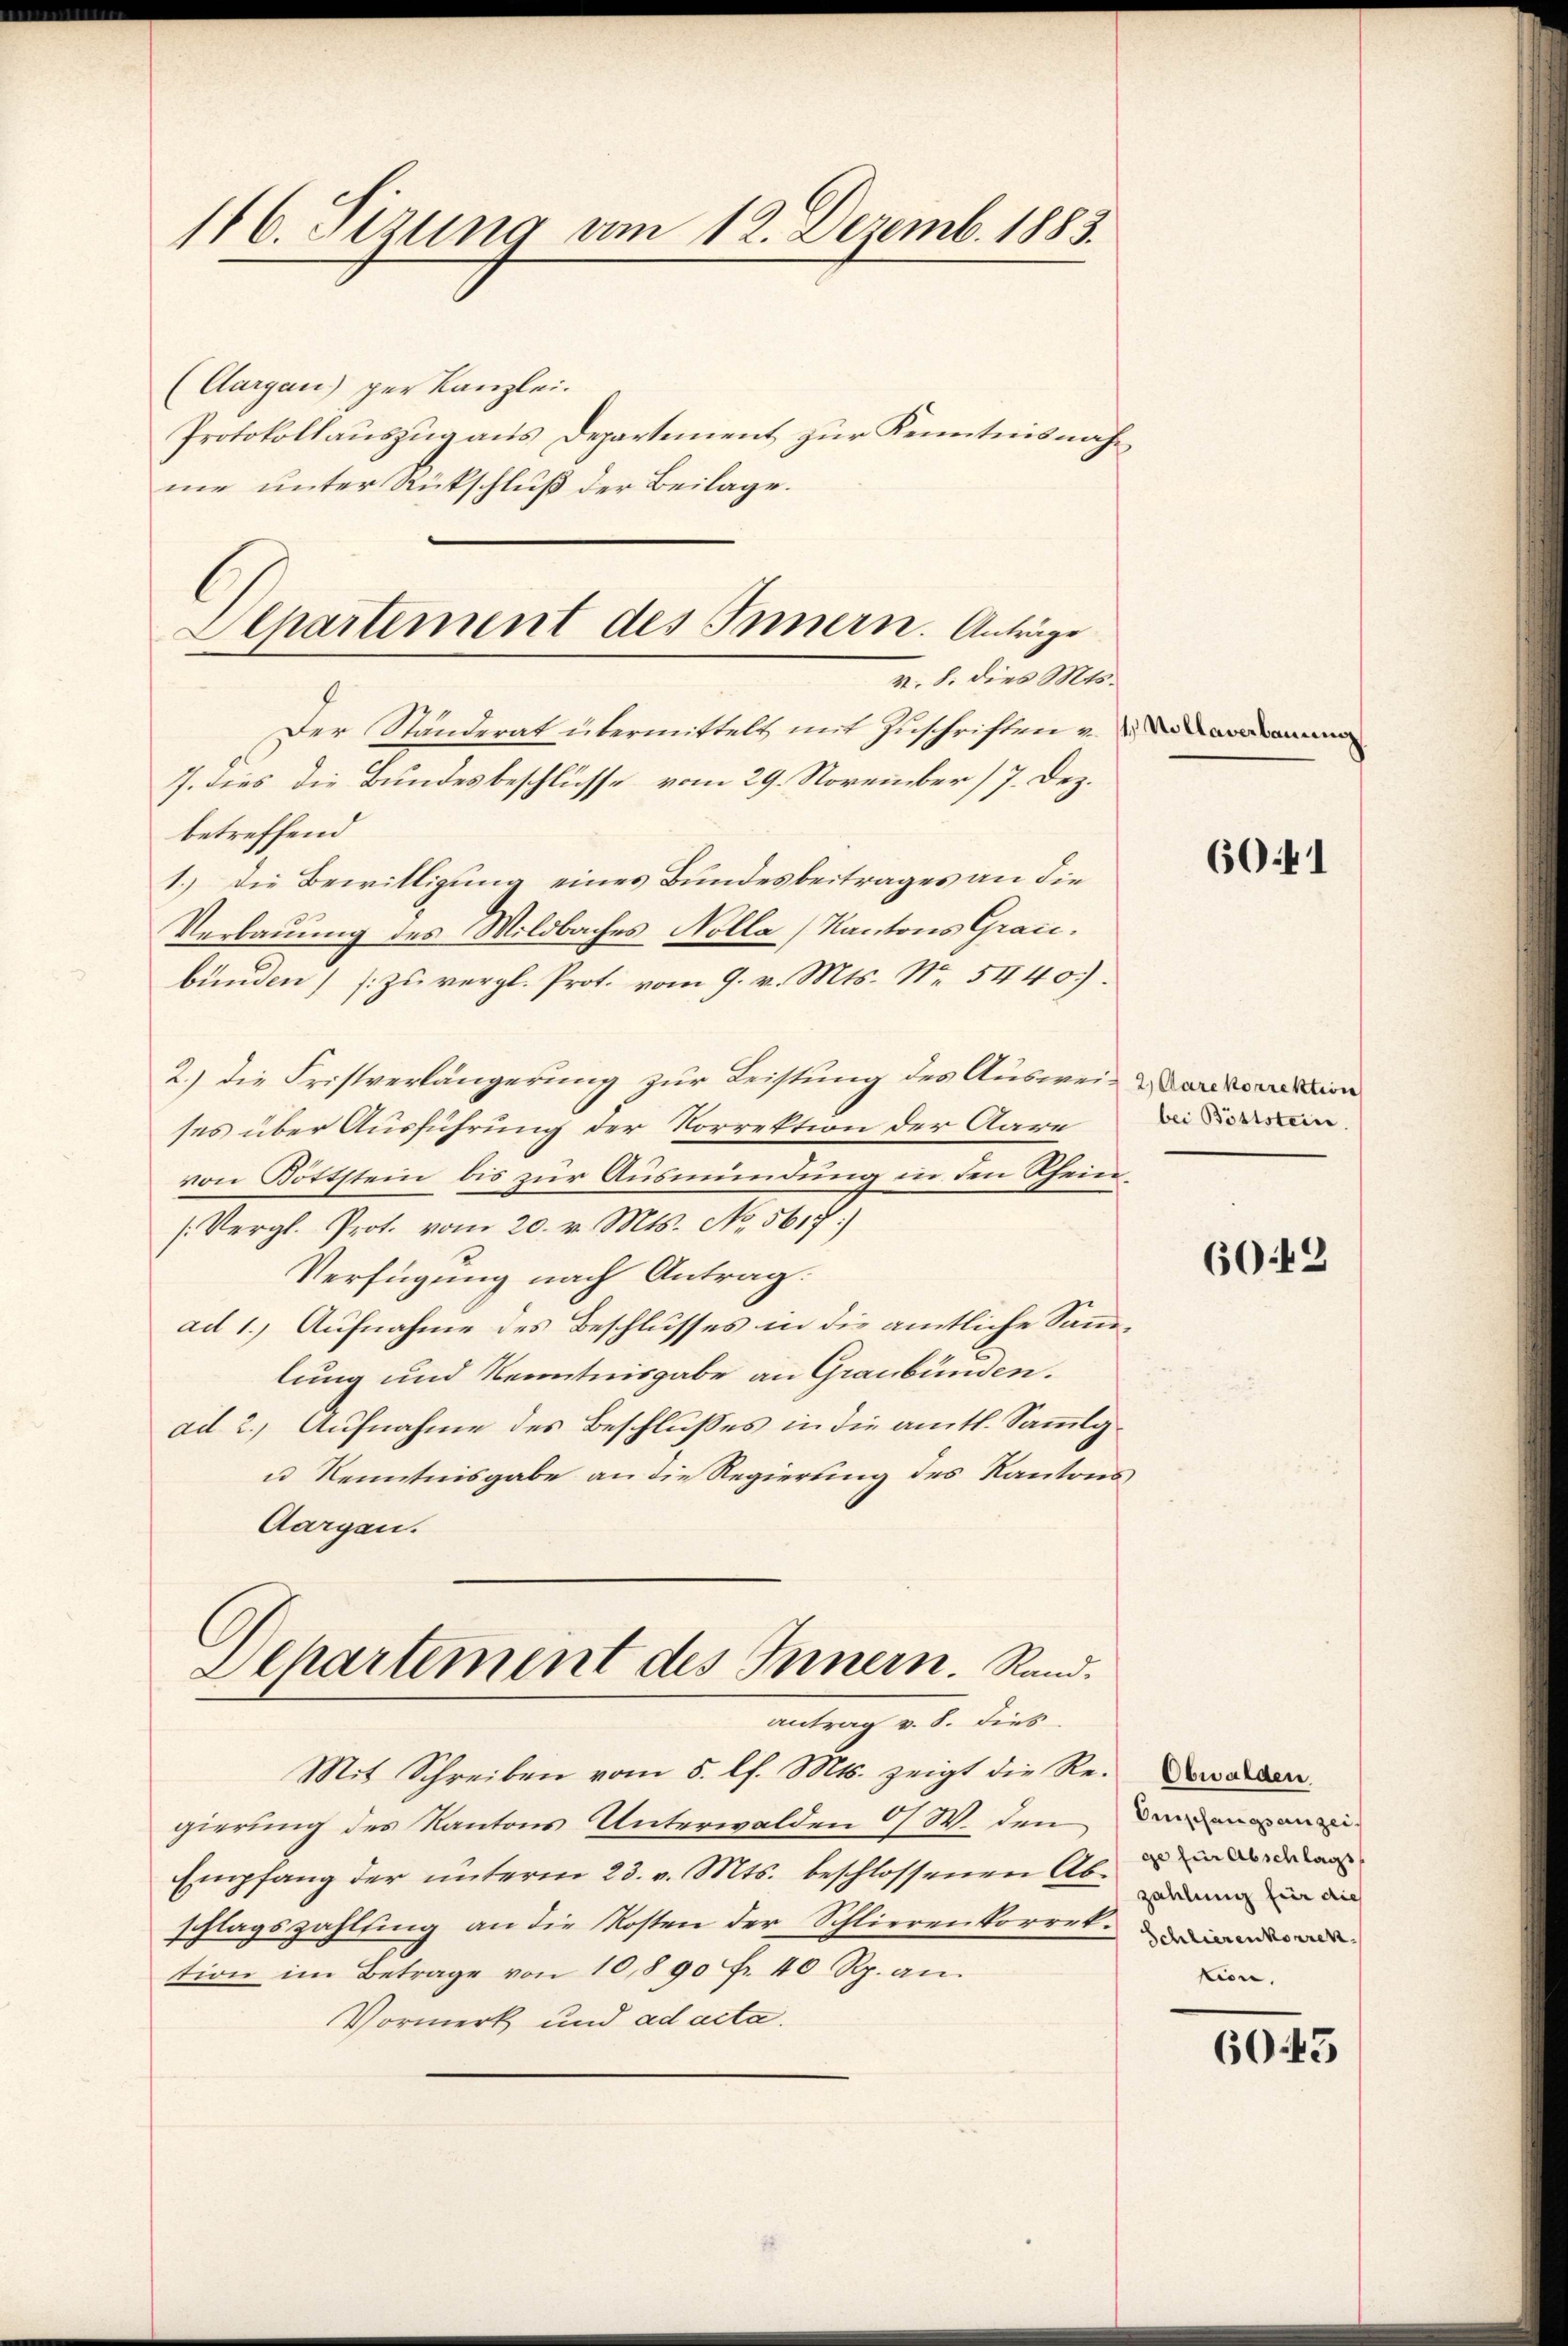
116. Sizung vom 12. Dezemb. 1883.
(Aargau) per Kanzlei.
Protokollauszug aus Departement zur Kenntnisnahme unter Rückschluß der Beilage.

Der Ständerat übermittelt mit Zuschriften u.
7. dies die Bundesbeschlüsse vom 29. November 17. Dez.
betreffend
1.) Die Bewilligung eines Bundesbeitrages an die
Verbauung des Wildbaches Nolla, Kantons Graubunden) zu vergl. Prot. vom 9. v. Mts. Nr. 5440).
2.) Die Fristverlängerung zur Leistung des Auswei- Verorden
ses über Ausführung der Vorrektion der Aare
von Böttstein bis zur Ausmündung in den Rhein
(Vergl. Prot. vom 20. v. Mts. No. 567.)
Verfügung nach Antrag:
ad 1. Aufnahme des Beschlusses in die amtliche Sammlung und Kenntnisgabe an Graubünden.
ad 2.) Aufnahme des Beschlußes in die amtl. Sammlg¬
u Kenntnisgabe an die Regierung des Kantons¬
Aargau.
Separtement des Innern. Rand.
antrag v. 8. dies
Mit Schreiben vom 5. lf. Mts. zeigt die Regierung des Kantons Unterwalden O/ W. den
Empfang der ŭnterm 23. v. Mts. beschlossenen Ab-
schlagszahlting an die Kosten der Schlierenkorrekt.
tion im Betrage von 10,890 fr. 40 Rp. an.
Vormerk und ad acta.

Departement des Innern. Anträge
v. 8. dies Mts.

60441

bei Böttstein.

6042

Obwalden
Anschangsanzei
ge für Abschlags
zahlung für dies
Schlieren korrek
tion.

6045